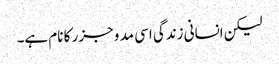
لیکن انسانی زندگی اسی مد و جزر کا نام ہے۔